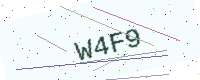
Text: W4F9